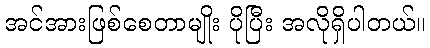
အင်အားဖြစ်စေတာမျိုး ပိုပြီး အလိုရှိပါတယ်။